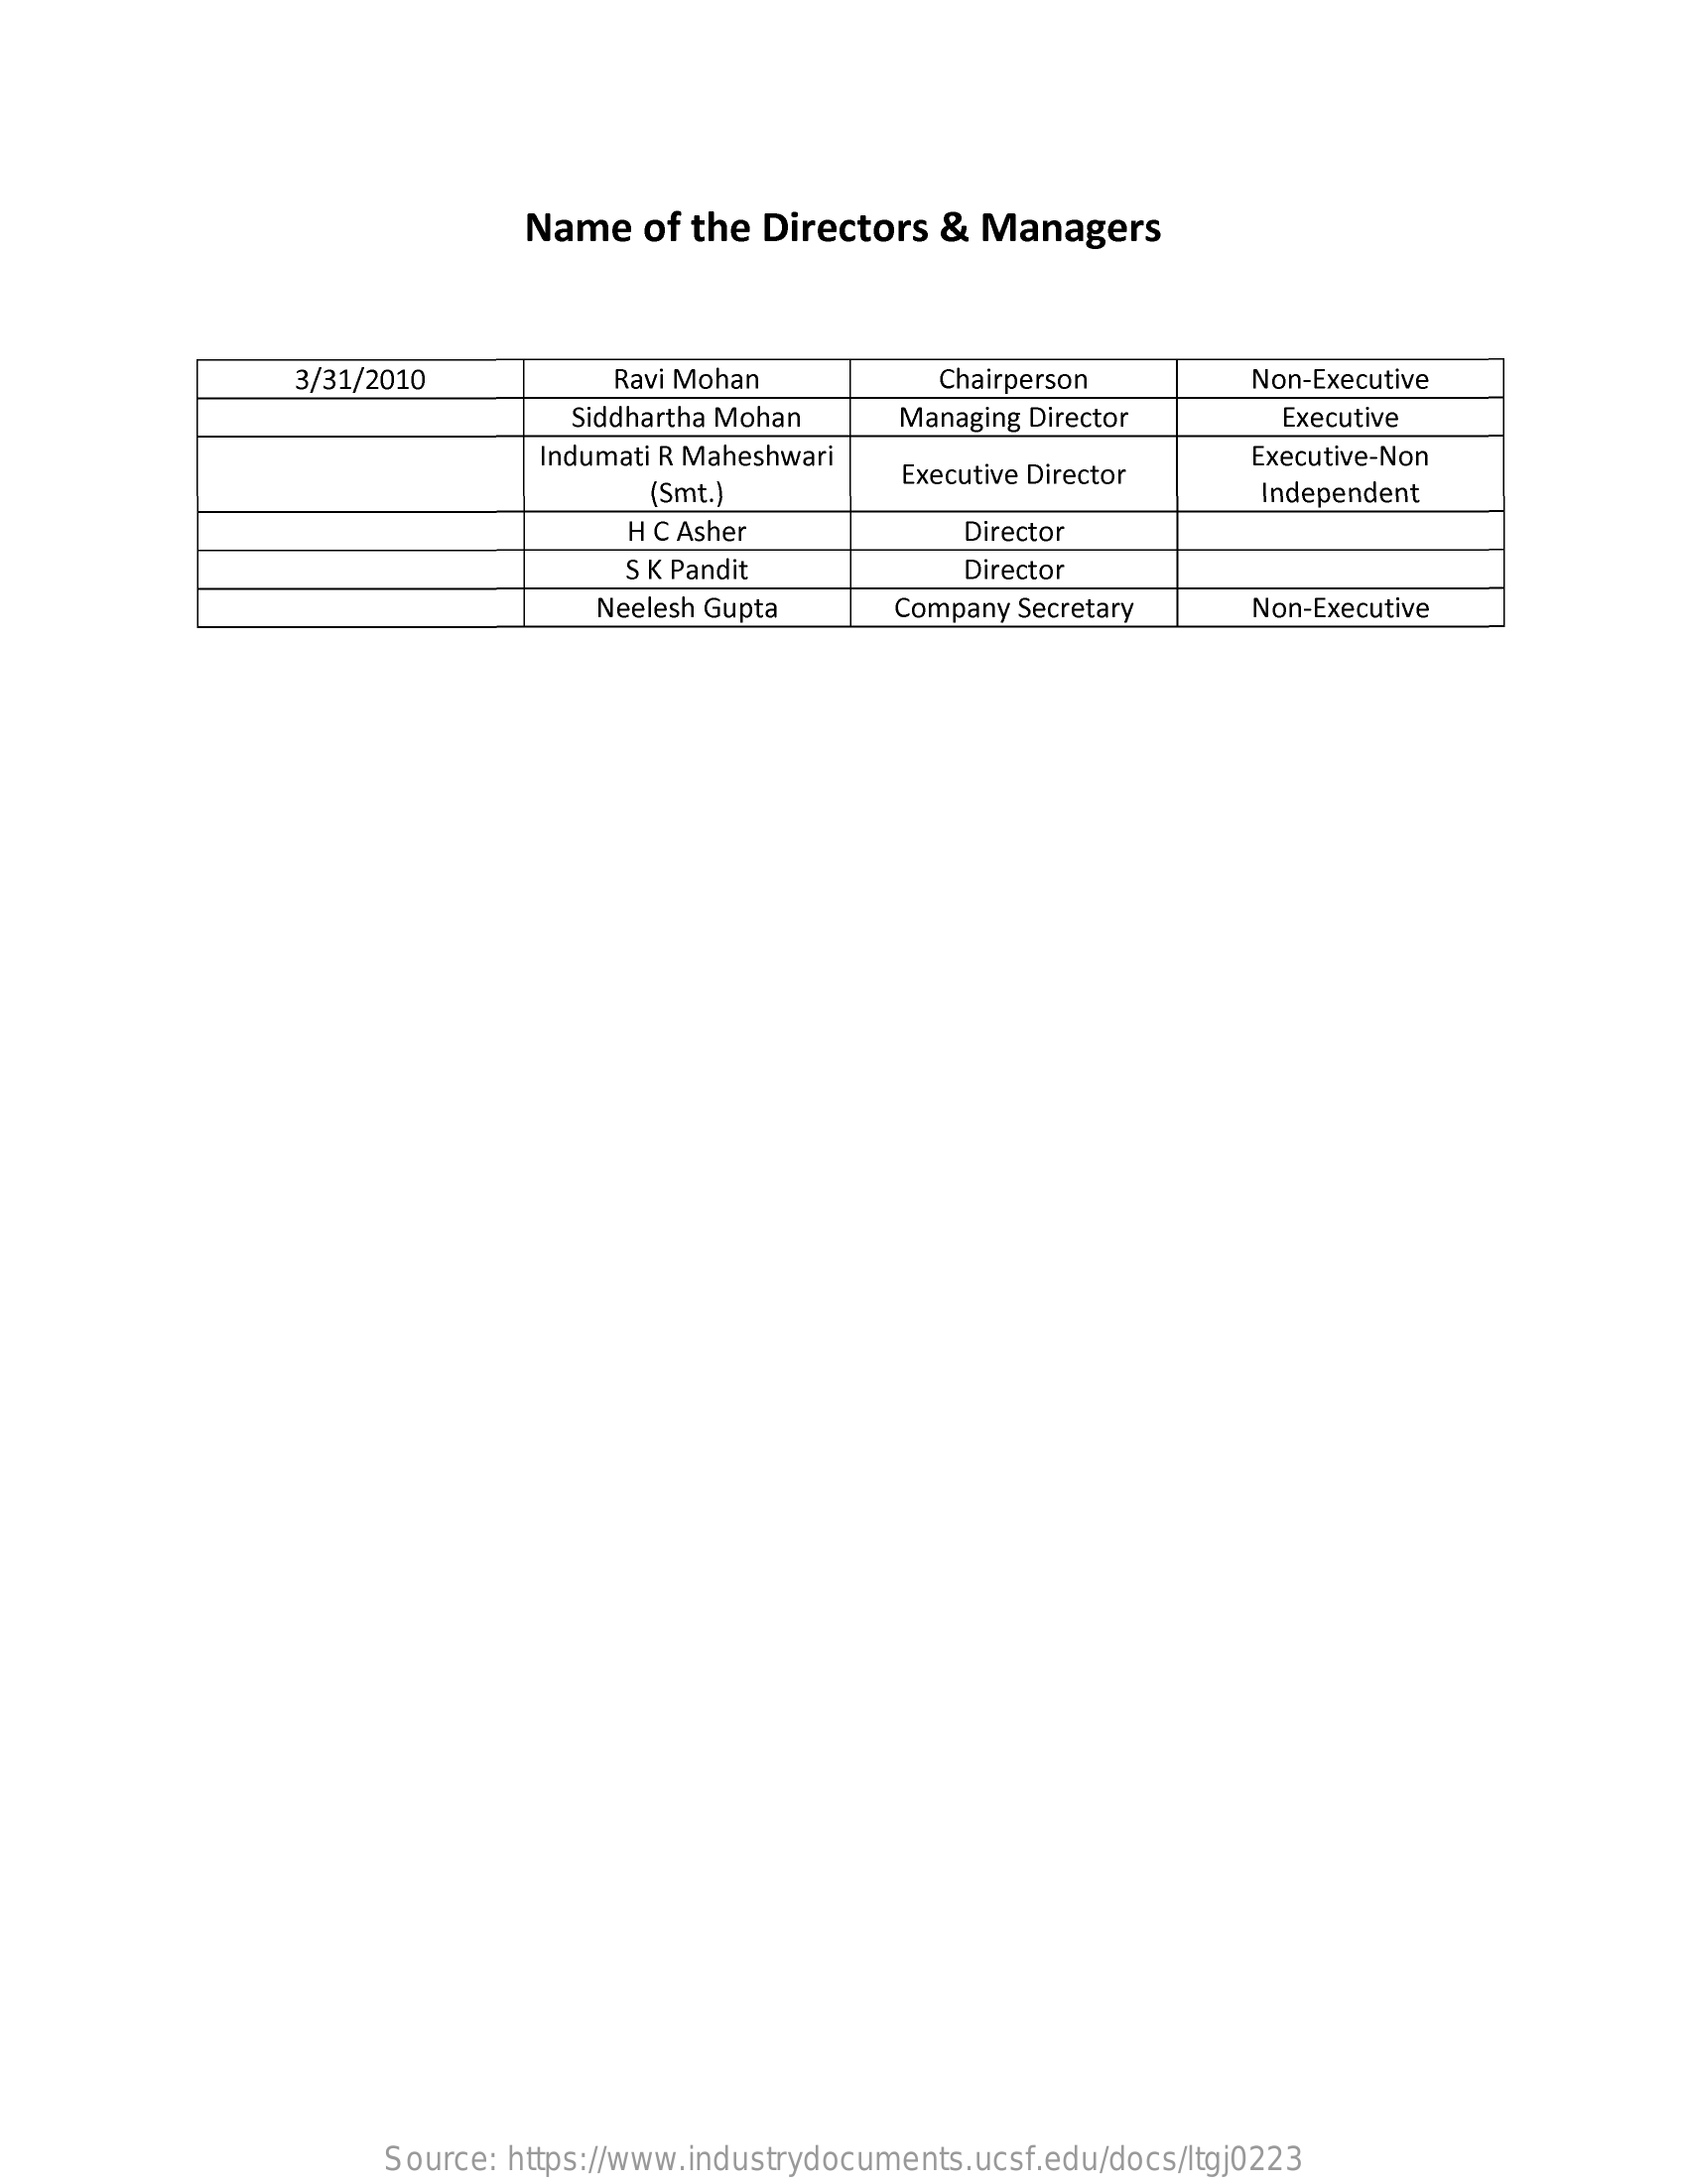
Name   of the  Directors  &  Managers
     3/31/2010    Ravi Mohan    Chairperson    Non-Executive
     Siddhartha Mohan    Managing Director    Executive
     Indumati R Maheshwari
     Executive Director
     Executive-Non
     (Smt.)    Independent
     H C Asher    Director
     S K Pandit    Director
     Neelesh Gupta    Company Secretary    Non-Executive
     Source: https://www.industrydocuments.ucsf.edu/docs/ltgj0223